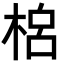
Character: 𣓡